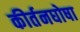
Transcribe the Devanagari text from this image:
कीर्तनघोषा